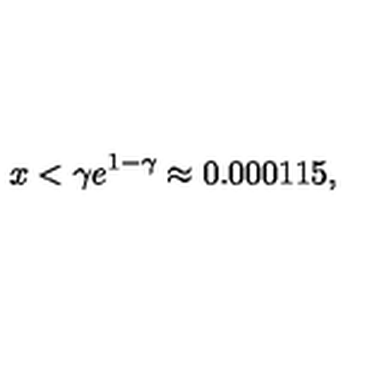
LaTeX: x < \gamma e ^ { 1 - \gamma } \approx 0 . 0 0 0 1 1 5 ,